Lunatic asylums in Bengal annual reports 1912-1924 - 1912-1924
Year: 1912
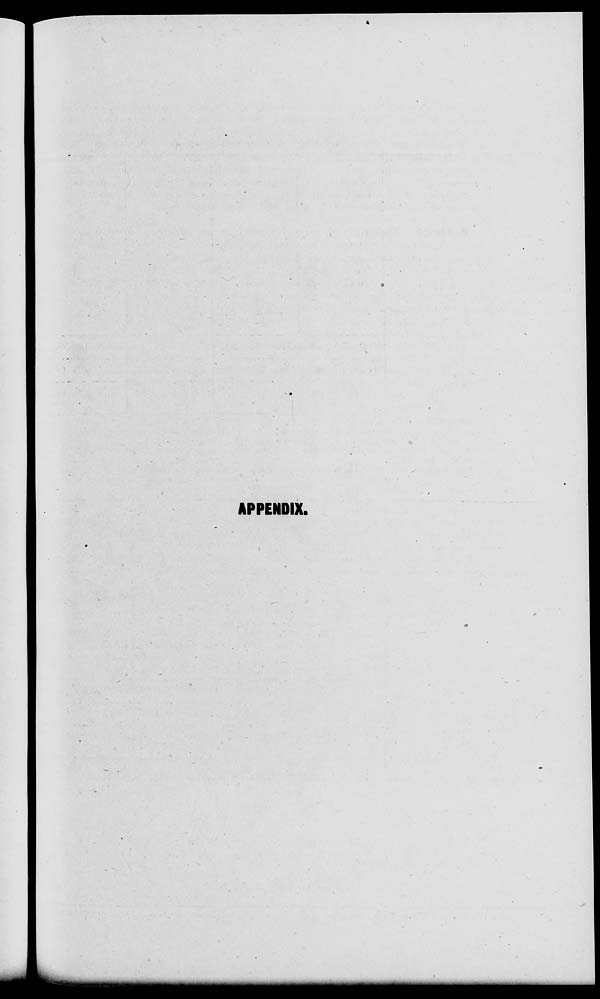
APPENDIX.